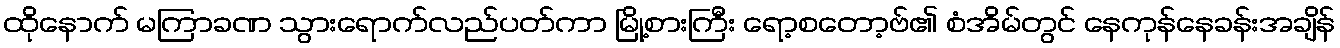
ထိုနောက် မကြာခဏ သွားရောက်လည်ပတ်ကာ မြို့စားကြီး ရော့စတော့ဗ်၏ စံအိမ်တွင် နေကုန်နေခန်းအချိန်